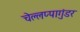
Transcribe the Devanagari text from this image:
चेल्लप्पागुंडर